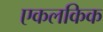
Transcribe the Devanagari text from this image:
एकलकिक